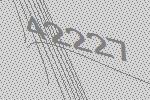
42227